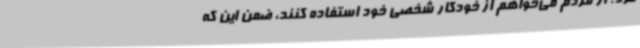
کرد: از مردم می‌خواهم از خودکار شخصی خود استفاده کنند، ضمن این که